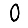
Digit: 0